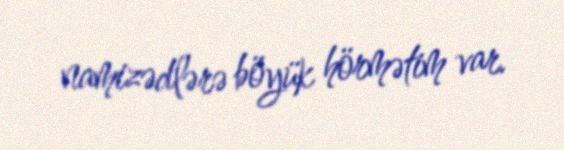
namizədlərə böyük hörmətim var.